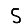
Digit: 5